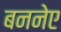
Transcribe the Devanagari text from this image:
बननेए